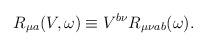
LaTeX: \begin{align*}R_{\mu a}(V,\omega)\equiv V^{b\nu}R_{\mu\nu ab}(\omega).\end{align*}